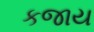
કજાય